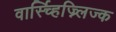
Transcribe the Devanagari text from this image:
वार्स्च्हिज्न्लिज्क